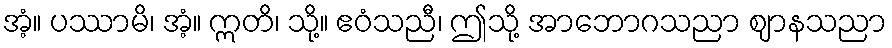
အံ့။ ပဿာမိ၊ အံ့။ ဣတိ၊ သို့။ ဧဝံသညီ၊ ဤသို့ အာဘောဂသညာ ဈာနသညာ